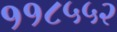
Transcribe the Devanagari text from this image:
११८५५२